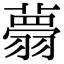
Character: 𦒃